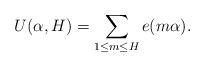
LaTeX: \begin{align*}U(\alpha,H) = \sum_{1\leq m\leq H}e(m\alpha).\end{align*}